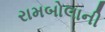
રામબોલાની